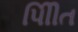
પીિીત